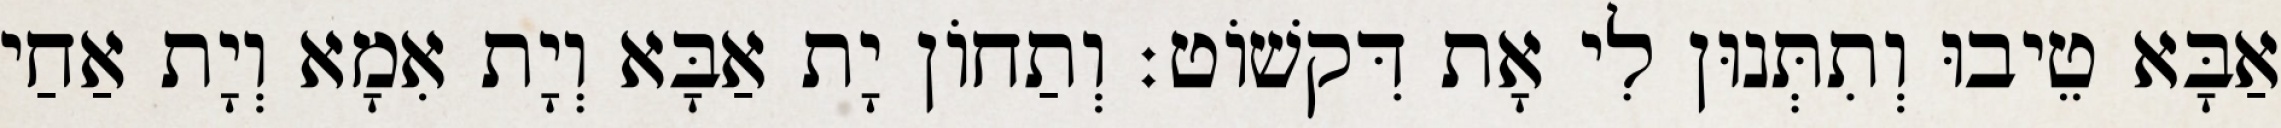
אַבָּא טֵיבוּ וְתִתְּנוּן לִי אָת דִּקשׁוֹט׃ וְתַחוֹן יָת אַבָּא וְיָת אִמָא וְיָת אַחַי